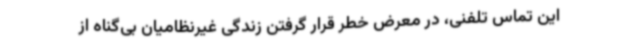
این تماس تلفنی، در معرض خطر قرار گرفتن زندگی غیرنظامیان بی‌گناه از